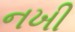
નખી